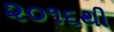
૨૦૧૬થી